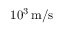
1 0 ^ { 3 } \, \mathrm { m / s }